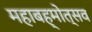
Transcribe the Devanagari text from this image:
महाबह्मोत्‍सव